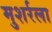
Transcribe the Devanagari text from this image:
मुशर्रला